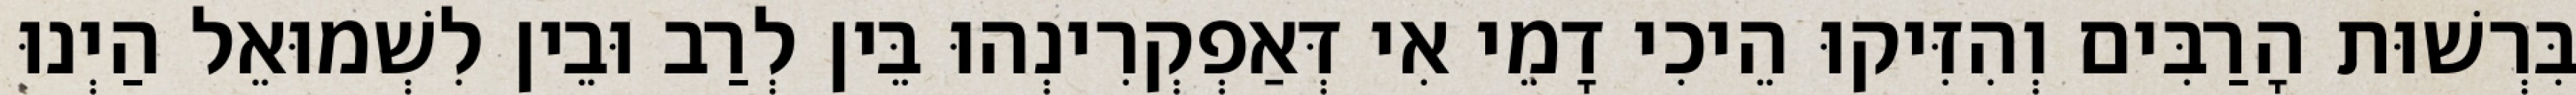
בִּרְשׁוּת הָרַבִּים וְהִזִּיקוּ הֵיכִי דָמֵי אִי דְּאַפְקְרִינְהוּ בֵּין לְרַב וּבֵין לִשְׁמוּאֵל הַיְנוּ